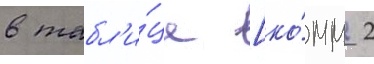
в табл'и́це [ко́мм 2